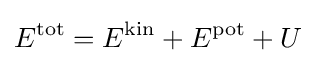
E^{\mathrm {tot} }=E^{\mathrm {kin} }+E^{\mathrm {pot} }+U